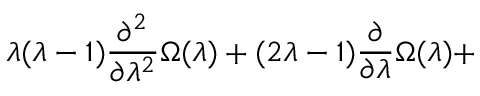
\lambda ( \lambda - 1 ) \frac { \partial ^ { 2 } } { \partial \lambda ^ { 2 } } \Omega ( \lambda ) + ( 2 \lambda - 1 ) \frac { \partial } { \partial \lambda } \Omega ( \lambda ) +